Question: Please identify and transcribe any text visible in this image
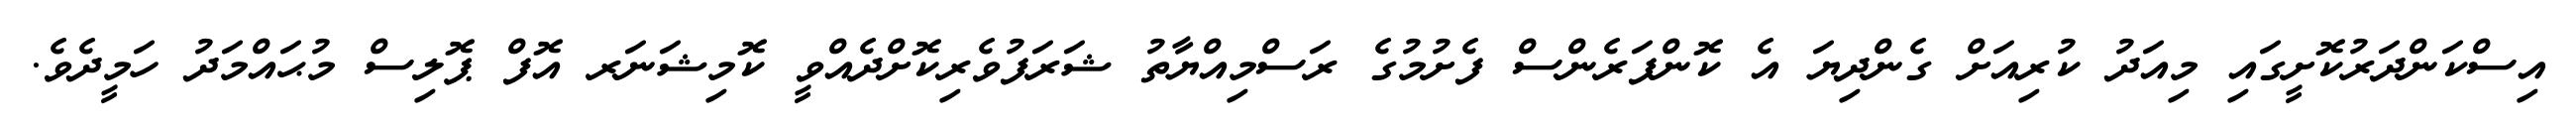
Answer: އިސްކަންދަރުކޮށީގައި މިއަދު ކުރިއަށް ގެންދިޔަ އެ ކޮންފަރެންސް ފެށުމުގެ ރަސްމިއްޔާތު ޝަރަފުވެރިކޮށްދެއްވީ ކޮމިޝަނަރ އޮފް ޕޮލިސް މުޙައްމަދު ހަމީދެވެ.